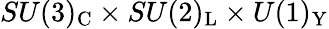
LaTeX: SU(3)_{\mathrm{C}}\times SU(2)_{\mathrm{L}}\times U(1)_{\mathrm{Y}}